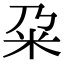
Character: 𫂲